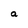
Character: a